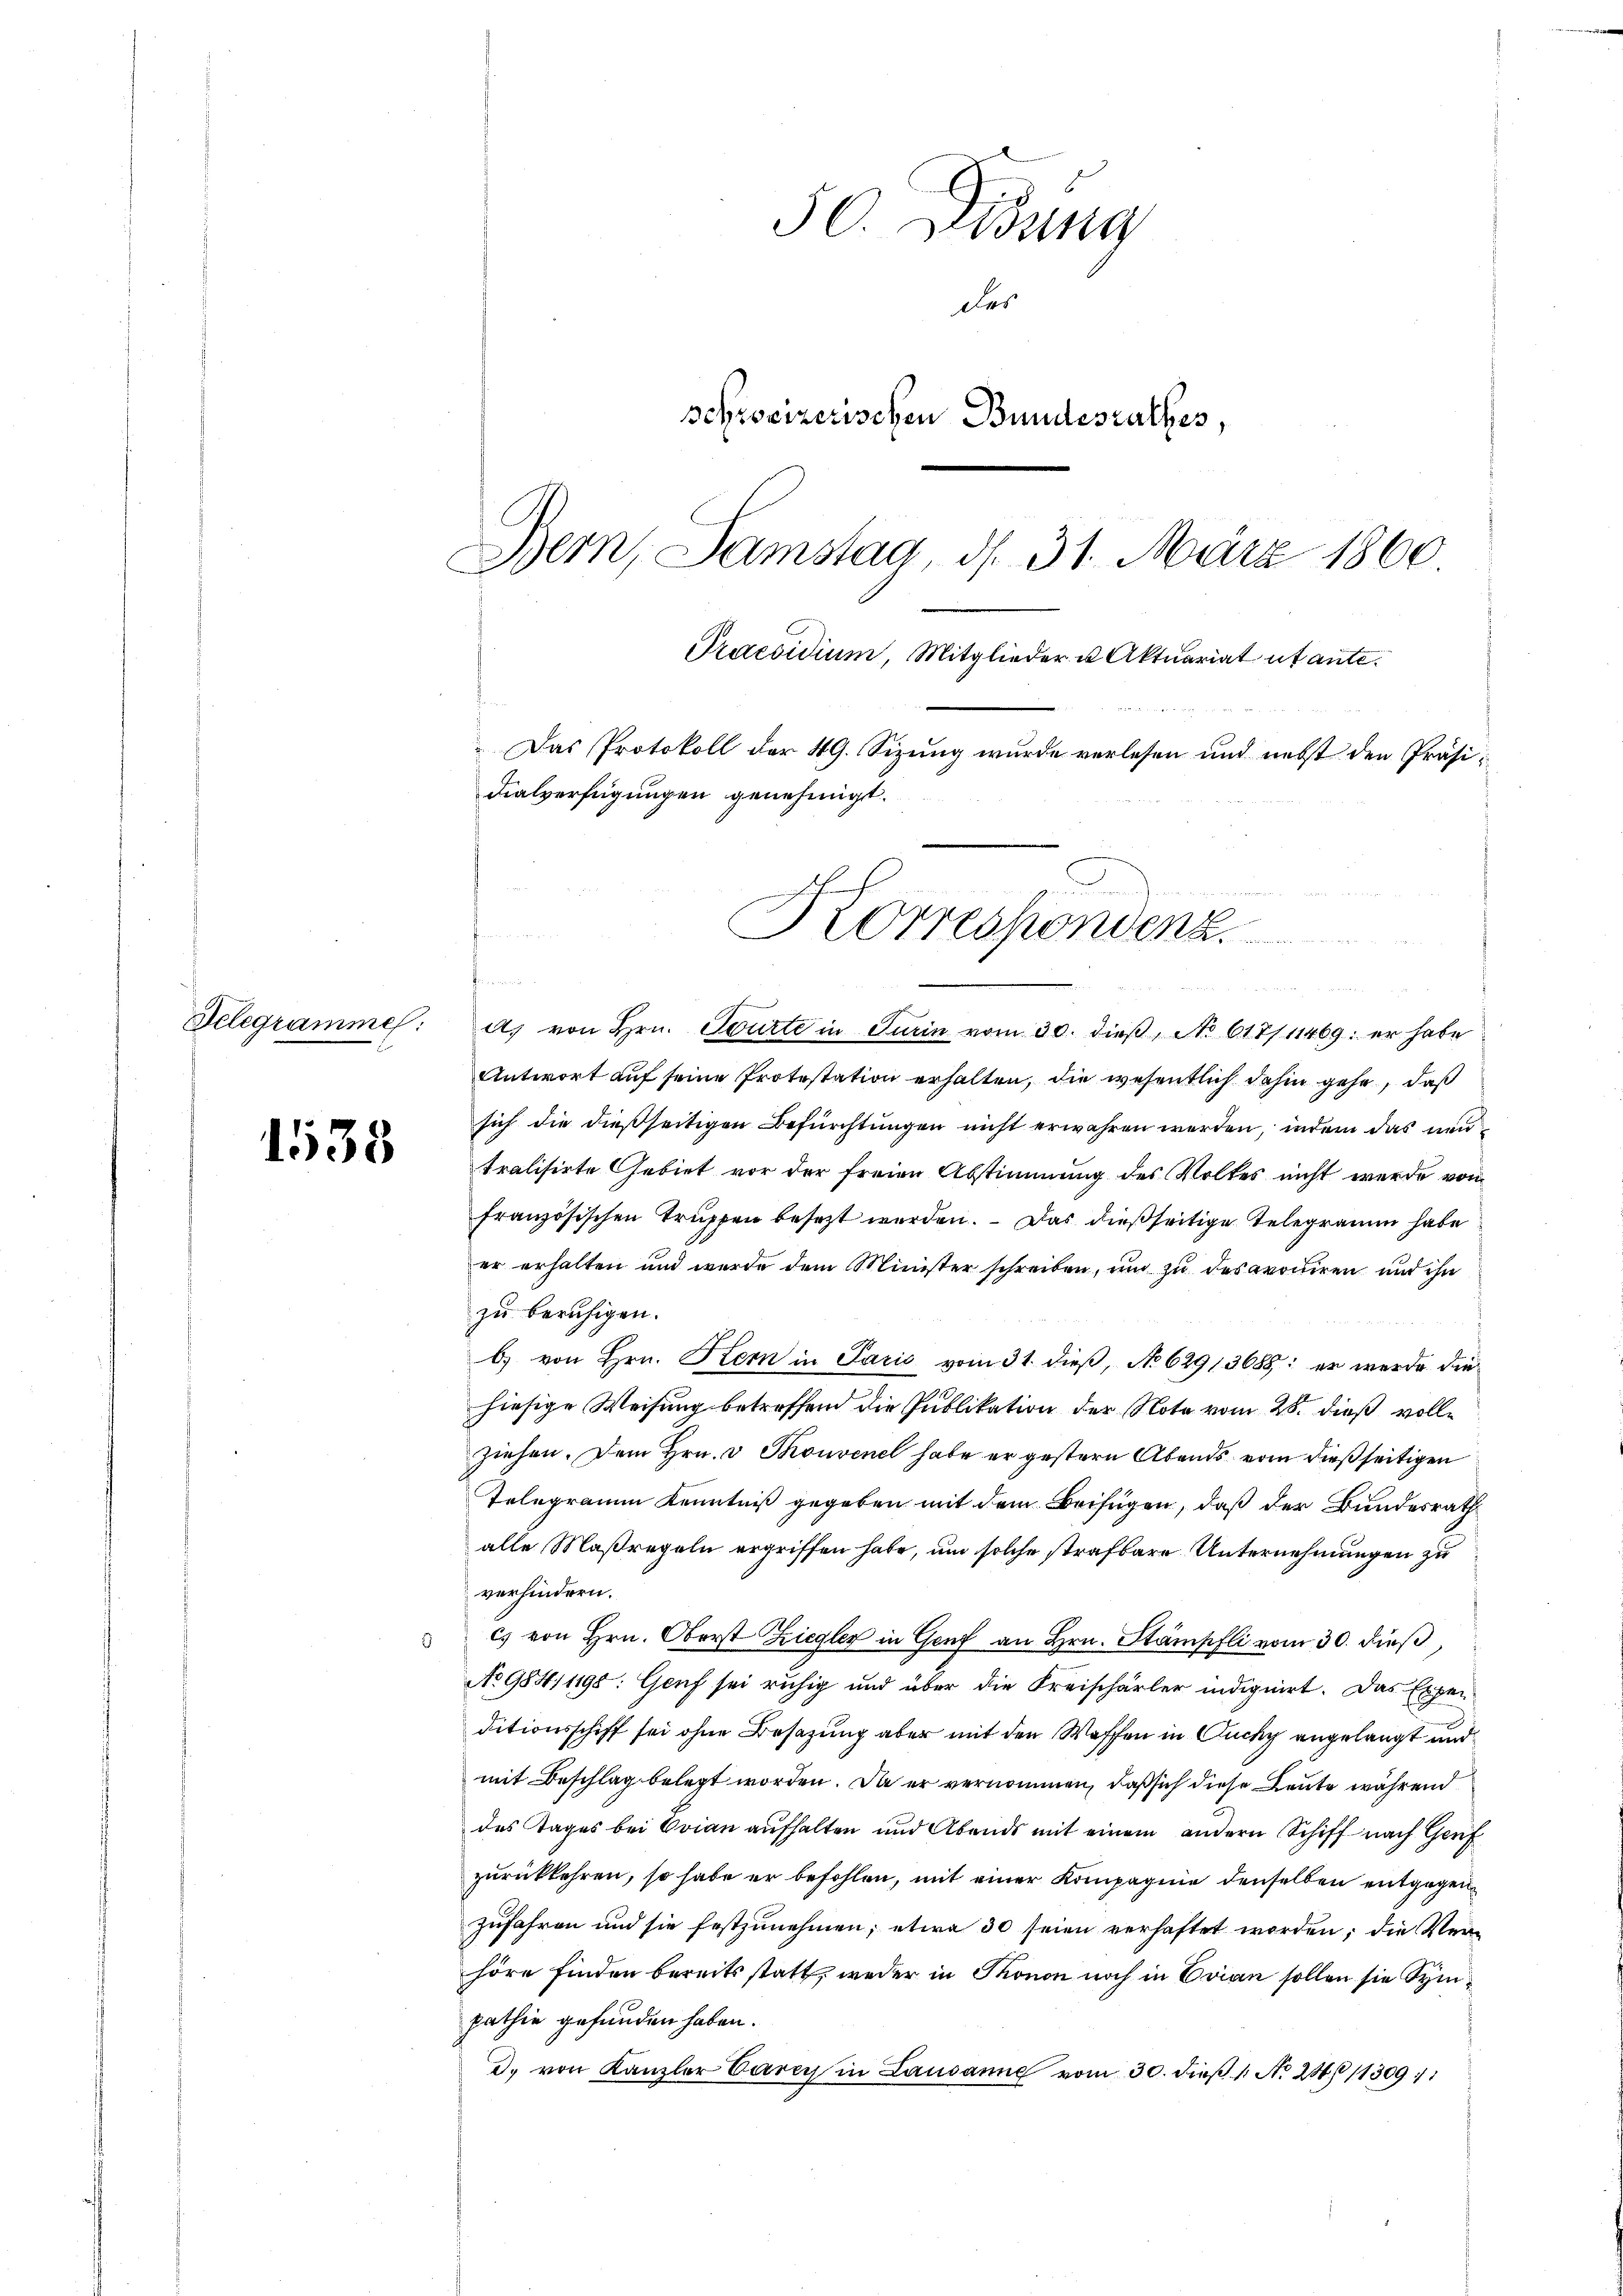
1538

50. Disung
des
schreizerischen Bundesrathes,
Bern, Samstag, d. 31. März 1860
Praesidium, Mitglieder u. Aktuariat utante.
Das Protokoll der 49. Sizung wurde verlesen und nebst den Präsidialverfügungen genehmigt.

Korrespondenz.

u

n
Telegrammes: a) von Hrn. Tourte in Turin vom 30. dieβ, No 617/11469: er habe
Antwort auf seine Protestation erhalten, die wesentlich dahin gehe, daß
sich die dießseitigen Befürchtungen nicht erwahren werden, indem das neutralisirte Gebiet vor der freien Abstimmung des Volkes nicht werde von
französischen Truppen besezt werden. Das dießseitige Telegramm habe
er erhalten und wurde dem Minister schreiben, und zu desavouiren und ihn
zu beruhigen.
b) von Hrn. Stern in Paris vom 31. dieβ, No 629/3688: er werde die
hiesige Weisung betreffend die Publikation der Nota vom 28. dieß volle
ziehen. Dem Hrn. v. Thonvenel habe er gestern Abends vom dießseitigen
Telegramm Kenntniß gegeben mit dem Beifügen, daß der Bundesrath
alle Maßregeln ergriffen habe, um solche strafbare Unternehmungen zu
verhindern.
cs von Hrn. Oberst Ziegler in Genf an Hrn. Stampfli vom 30. dieß,
No 984/1198: Genf sei ruhig und über die Kreischärler indignirt. Das Ergen
ditionsschiff sei ohne Besatzung aber mit den Waffen in Duchy angelangt und
mit Beschlag belegt worden. Da er vernommen, daß sich diese Leute während
des Tages bei Evian aufhalten und Abends mit einem andern Schiff nach Genf
zurückkehren, so habe er befohlen, mit einer Kompagnie denselben entgegen
zufahren und sie festzunehmen, etwa 30 seien verhaftet worden; die Verhöre finden bereits statt, weder in Thonon noch in Evian sollen sie sympathie gefunden haben.
d. von Kanzler Carcy in Lausanne vom 30. dieβ 1. No 28/11309,